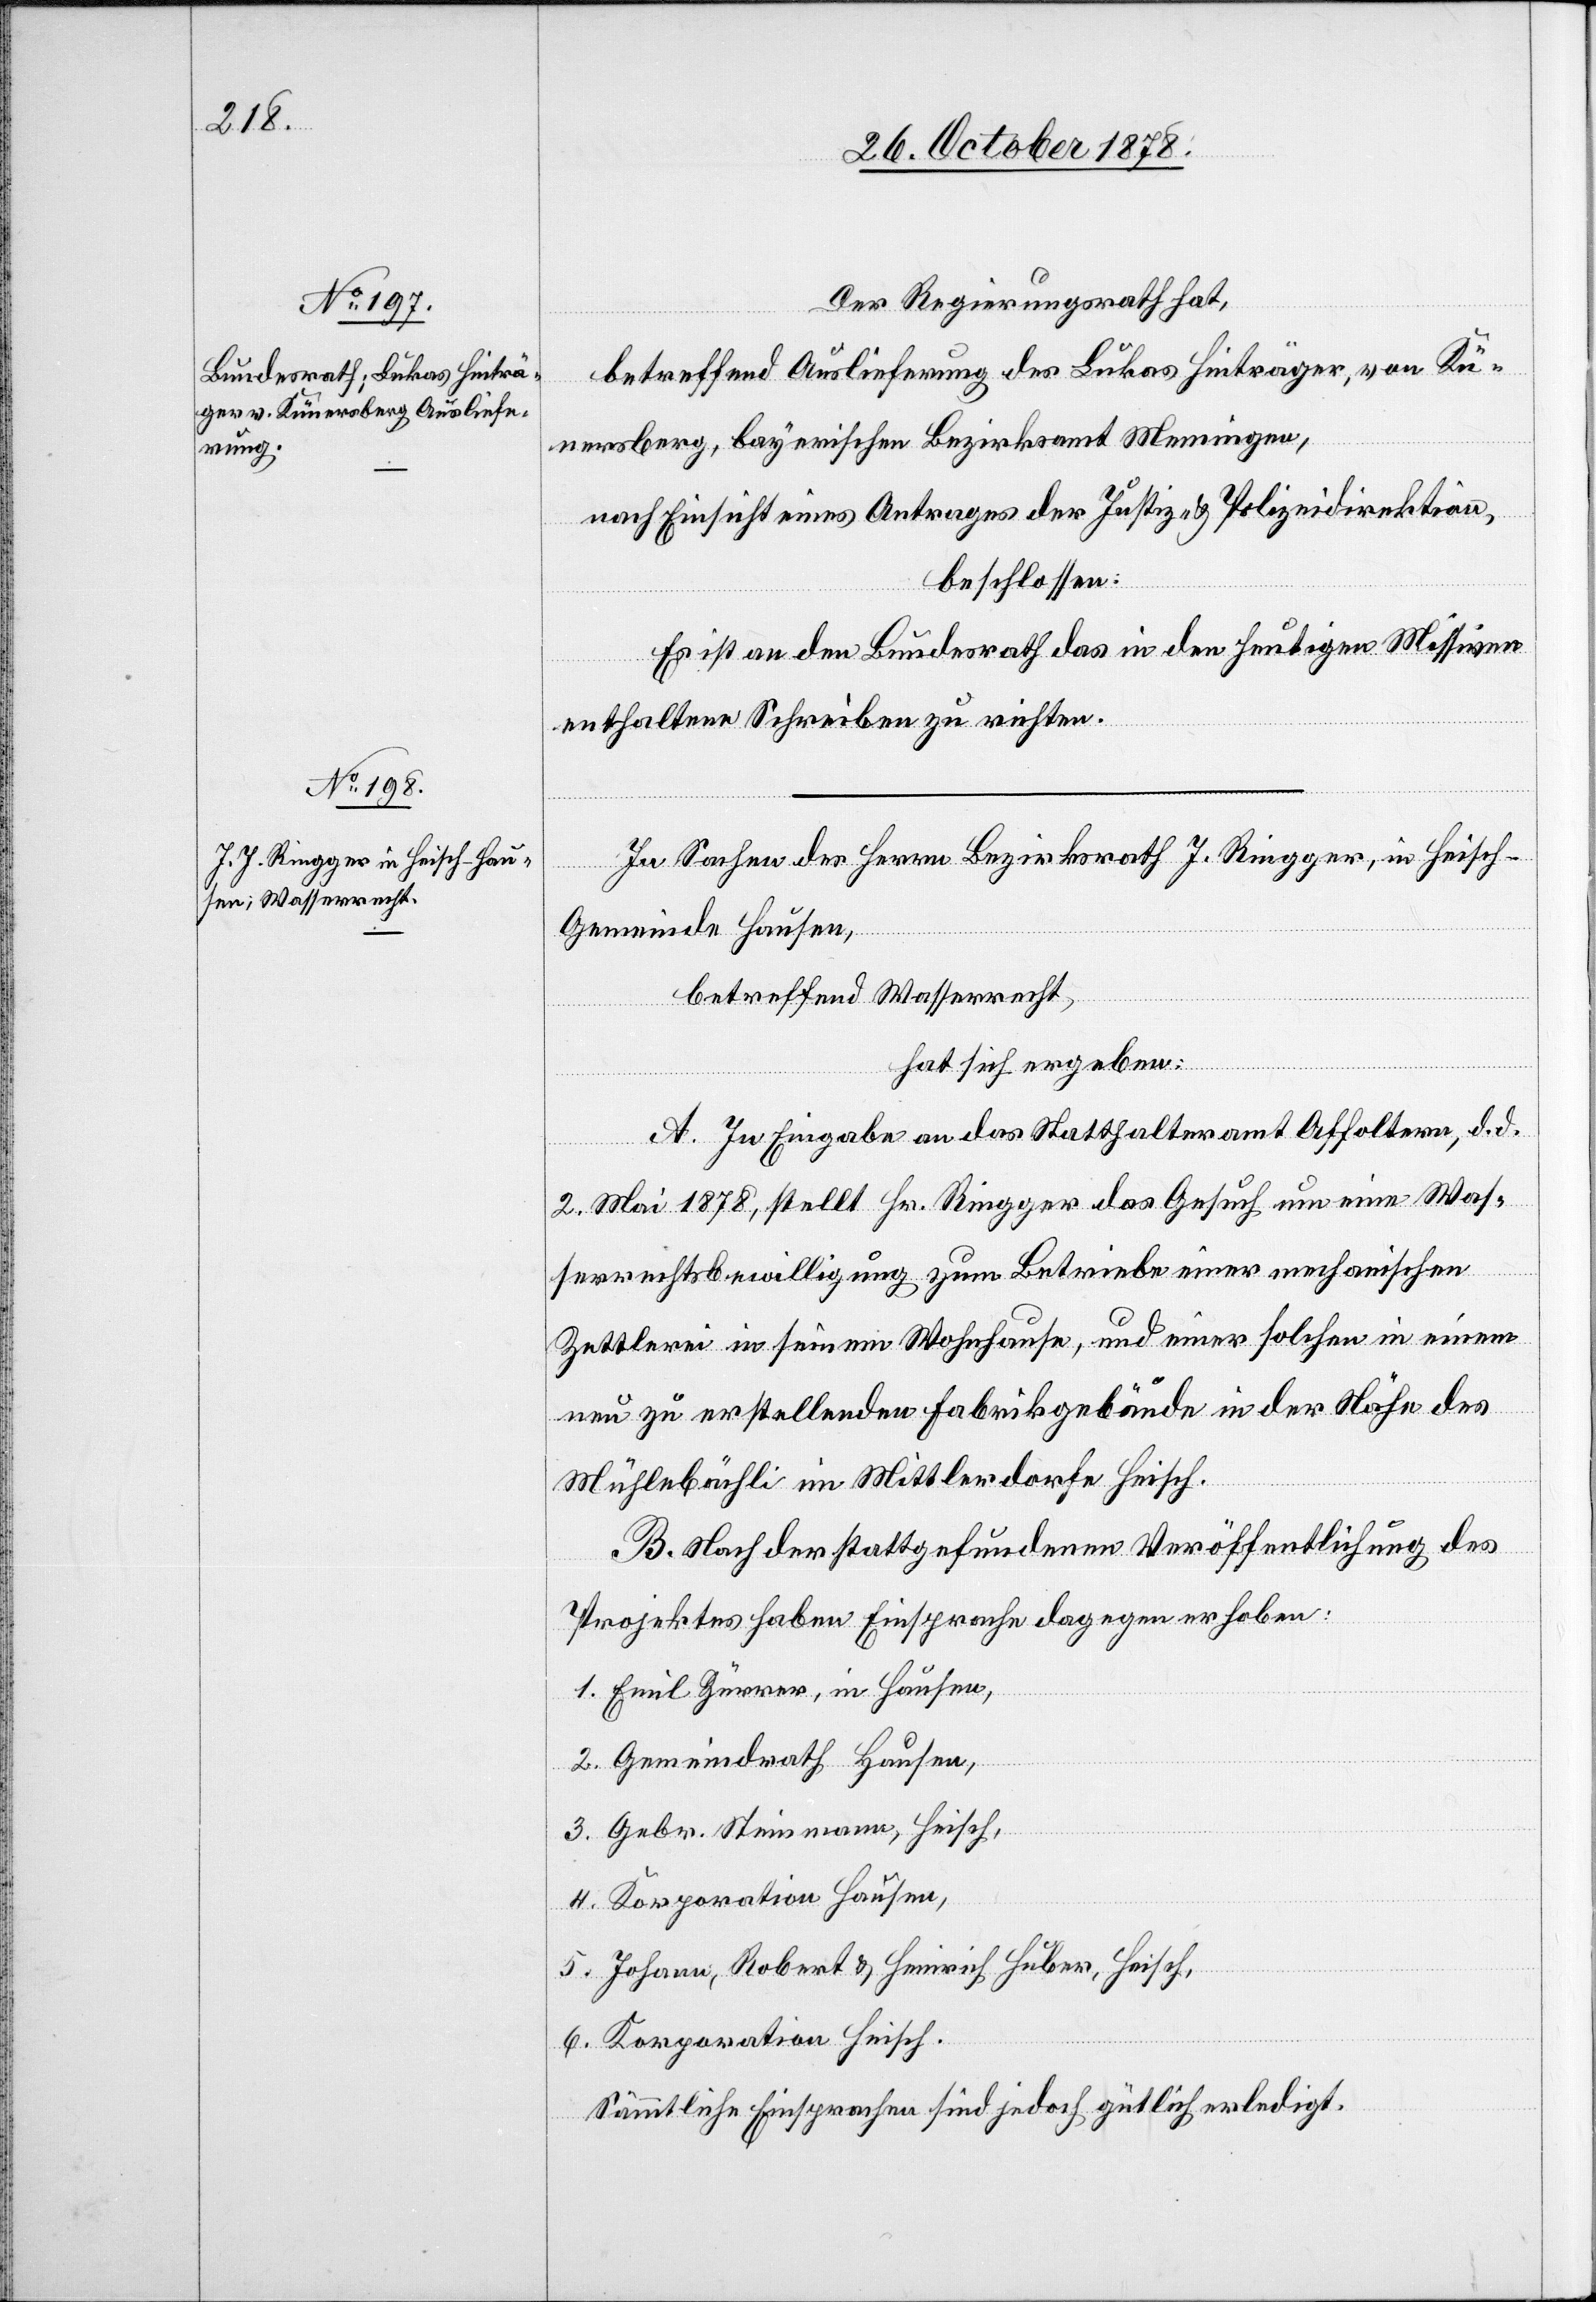
Der Regierungsrath hat,
betreffend Auslieferung des Lukas Hinträger, von Kü¬
nersberg, bayerischen Bezirksamt Memingen,
nach Einsicht eines Antrages der Justiz- & Polizeidirektion,
beschlossen:
Es ist an den Bundesrath das in den heutigen Missiven
enthaltene Schreiben zu richten.
In Sachen des Herrn Bezirksrath J. Ringger, in Heisch,
Gemeinde Hausen,
betreffend Wasserrecht,
hat sich ergeben:
A. In Eingabe an das Statthalteramt Affoltern, d. d.
2. Mai 1878, stellt Hr. Ringger das Gesuch um eine Was¬
serrechtsbewilligung zum Betriebe einer mechanischen
Zettlerei in seinem Wohnhause, und einer solchen in einem
neu zu erstellenden Fabrikgebäude in der Nähe des
Mühlebächli im Mittlerdorfe Heisch.
B. Nach der stattgefundenen Veröffentlichung des
Projektes haben Einsprache dagegen erhoben:
1. Emil Zürrer, in Hausen,
2. Gemeindrath Hausen,
3. Gebr. Steinmann, Heisch,
4. Korporation Hausen,
5. Johann, Robert & Heinrich Huber, Heisch,
6. Korporation Heisch.
Sämmtliche Einsprachen sind jedoch gütlich erledigt.